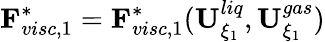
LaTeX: \mathbf{F}_{visc,1}^{*}=\mathbf{F}_{visc,1}^{*}(\mathbf{U}_{\xi_{1}}^{liq},\mathbf{U}_{\xi_{1}}^{gas})